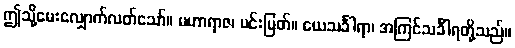
ဤသို့မေးလျှောက်လတ်သော်။ မဟာရာဇ၊ မင်းမြတ်။ ယေသင်္ခါရာ၊ အကြင်သင်္ခါရတို့သည်။